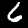
Digit: 6